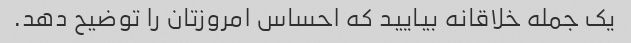
یک جمله خلاقانه بیایید که احساس امروزتان را توضیح دهد.